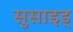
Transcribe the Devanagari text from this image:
सुसाइड्